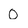
Character: 0